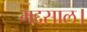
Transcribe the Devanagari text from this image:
भद्दसाल।